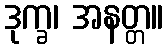
ဒုက္ခ၊ အနတ္တ။